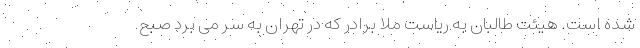
شده است. هیئت طالبان به ریاست ملا برادر که در تهران به سر می برد صبح